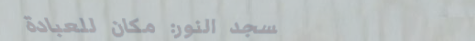
مسجد النور: مكان للعبادة